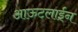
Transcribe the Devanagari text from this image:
आऊटलाईन